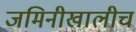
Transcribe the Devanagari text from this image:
जमिनीखालीच